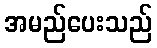
အမည်ပေးသည်